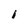
Character: 1